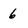
Character: 6